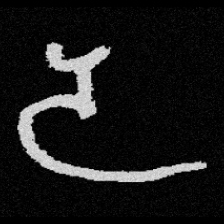
Pyu character \u2014 Myanmar letter: ဒ (romanized: da)